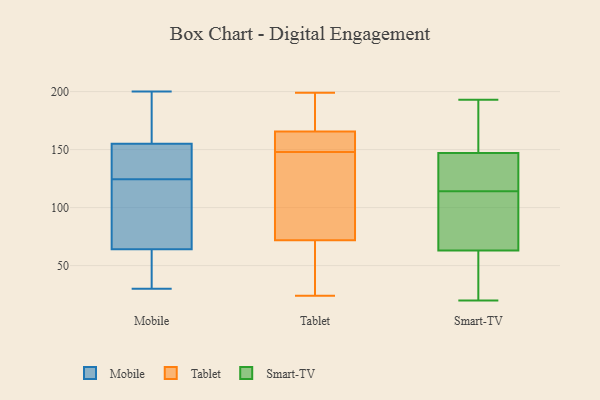
{"axis": {"x": "Revenue (USD Million)", "y": "Value"}, "legend": ["Mobile", "Smart-TV", "Tablet"], "data": [{"x": "", "y": 78, "type": "Mobile"}, {"x": "", "y": 156, "type": "Mobile"}, {"x": "", "y": 103, "type": "Mobile"}, {"x": "", "y": 154, "type": "Mobile"}, {"x": "", "y": 129, "type": "Mobile"}, {"x": "", "y": 35, "type": "Mobile"}, {"x": "", "y": 30, "type": "Mobile"}, {"x": "", "y": 120, "type": "Mobile"}, {"x": "", "y": 200, "type": "Mobile"}, {"x": "", "y": 50, "type": "Mobile"}, {"x": "", "y": 162, "type": "Mobile"}, {"x": "", "y": 138, "type": "Mobile"}, {"x": "", "y": 132, "type": "Tablet"}, {"x": "", "y": 69, "type": "Tablet"}, {"x": "", "y": 190, "type": "Tablet"}, {"x": "", "y": 52, "type": "Tablet"}, {"x": "", "y": 162, "type": "Tablet"}, {"x": "", "y": 148, "type": "Tablet"}, {"x": "", "y": 43, "type": "Tablet"}, {"x": "", "y": 80, "type": "Tablet"}, {"x": "", "y": 199, "type": "Tablet"}, {"x": "", "y": 81, "type": "Tablet"}, {"x": "", "y": 85, "type": "Tablet"}, {"x": "", "y": 197, "type": "Tablet"}, {"x": "", "y": 172, "type": "Tablet"}, {"x": "", "y": 24, "type": "Tablet"}, {"x": "", "y": 154, "type": "Tablet"}, {"x": "", "y": 164, "type": "Tablet"}, {"x": "", "y": 161, "type": "Tablet"}, {"x": "", "y": 43, "type": "Tablet"}, {"x": "", "y": 166, "type": "Tablet"}, {"x": "", "y": 136, "type": "Smart-TV"}, {"x": "", "y": 193, "type": "Smart-TV"}, {"x": "", "y": 20, "type": "Smart-TV"}, {"x": "", "y": 92, "type": "Smart-TV"}, {"x": "", "y": 63, "type": "Smart-TV"}, {"x": "", "y": 175, "type": "Smart-TV"}, {"x": "", "y": 147, "type": "Smart-TV"}, {"x": "", "y": 71, "type": "Smart-TV"}, {"x": "", "y": 140, "type": "Smart-TV"}, {"x": "", "y": 42, "type": "Smart-TV"}]}